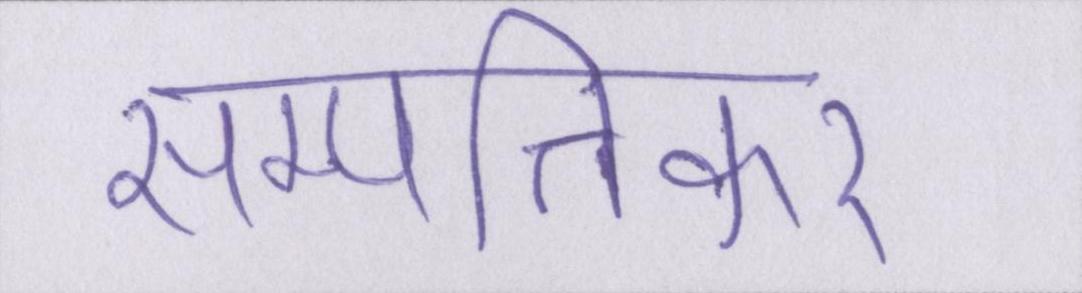
सम्पत्तिकर